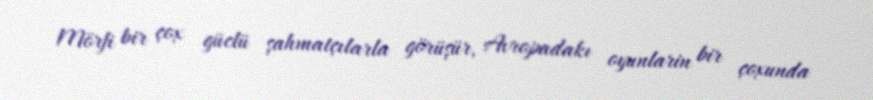
Mörfi bir çox güclü şahmatçılarla görüşür, Avropadakı oyunlarin bir çoxunda